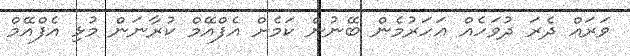
ވަރައް ދެރަ ދުވަހެއް ޢަހަރުމެން ބޭނުން ކަމެށް އެފްއޭމް ކުރާނަން މުޅި އެފްއޭމް